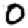
Digit: 0